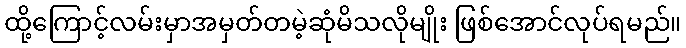
ထို့ကြောင့်လမ်းမှာအမှတ်တမဲ့ဆုံမိသလိုမျိုး ဖြစ်အောင်လုပ်ရမည်။